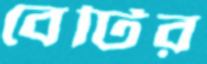
বেটির